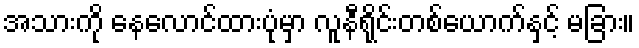
အသားကို နေလောင်ထားပုံမှာ လူနီရိုင်းတစ်ယောက်နှင့် မခြား။